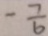
- \frac { 7 } { b }